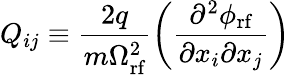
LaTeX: Q_{ij}\equiv\frac{2q}{m\Omega_{\textrm{rf}}^{2}}\left(\frac{\partial^{2}\phi_{\textrm{rf}}}{\partial x_{i}\partial x_{j}}\right)